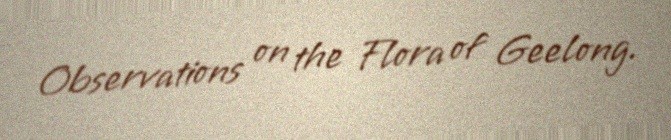
Observations on the Flora of Geelong.